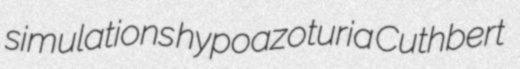
simulations hypoazoturia Cuthbert